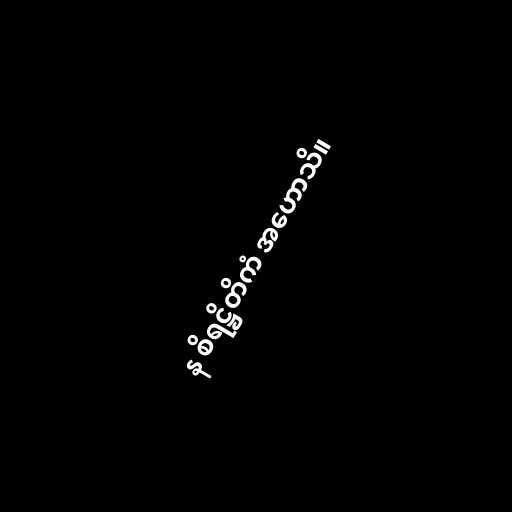
န စိရဋ္ဌိတိကံ အဟောသိ။